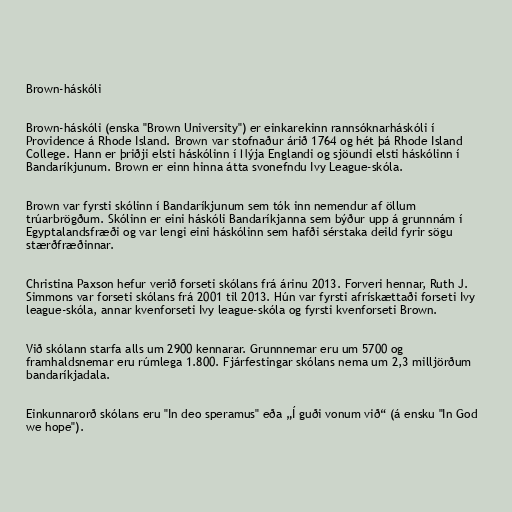
Brown-háskóli

Brown-háskóli (enska "Brown University") er einkarekinn rannsóknarháskóli í
Providence á Rhode Island. Brown var stofnaður árið 1764 og hét þá Rhode Island
College. Hann er þriðji elsti háskólinn í Nýja Englandi og sjöundi elsti háskólinn í
Bandaríkjunum. Brown er einn hinna átta svonefndu Ivy League-skóla.

Brown var fyrsti skólinn í Bandaríkjunum sem tók inn nemendur af öllum
trúarbrögðum. Skólinn er eini háskóli Bandaríkjanna sem býður upp á grunnnám í
Egyptalandsfræði og var lengi eini háskólinn sem hafði sérstaka deild fyrir sögu
stærðfræðinnar.

Christina Paxson hefur verið forseti skólans frá árinu 2013. Forveri hennar, Ruth J.
Simmons var forseti skólans frá 2001 til 2013. Hún var fyrsti afrískættaði forseti Ivy
league-skóla, annar kvenforseti Ivy league-skóla og fyrsti kvenforseti Brown.

Við skólann starfa alls um 2900 kennarar. Grunnnemar eru um 5700 og
framhaldsnemar eru rúmlega 1.800. Fjárfestingar skólans nema um 2,3 milljörðum
bandaríkjadala.

Einkunnarorð skólans eru "In deo speramus" eða „Í guði vonum við“ (á ensku "In God
we hope").